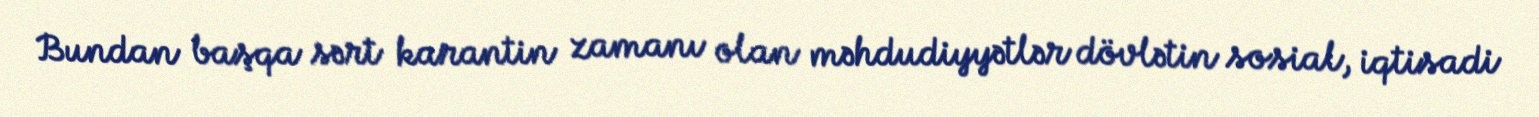
Bundan başqa sərt karantin zamanı olan məhdudiyyətlər dövlətin sosial, iqtisadi